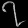
Digit: ၇